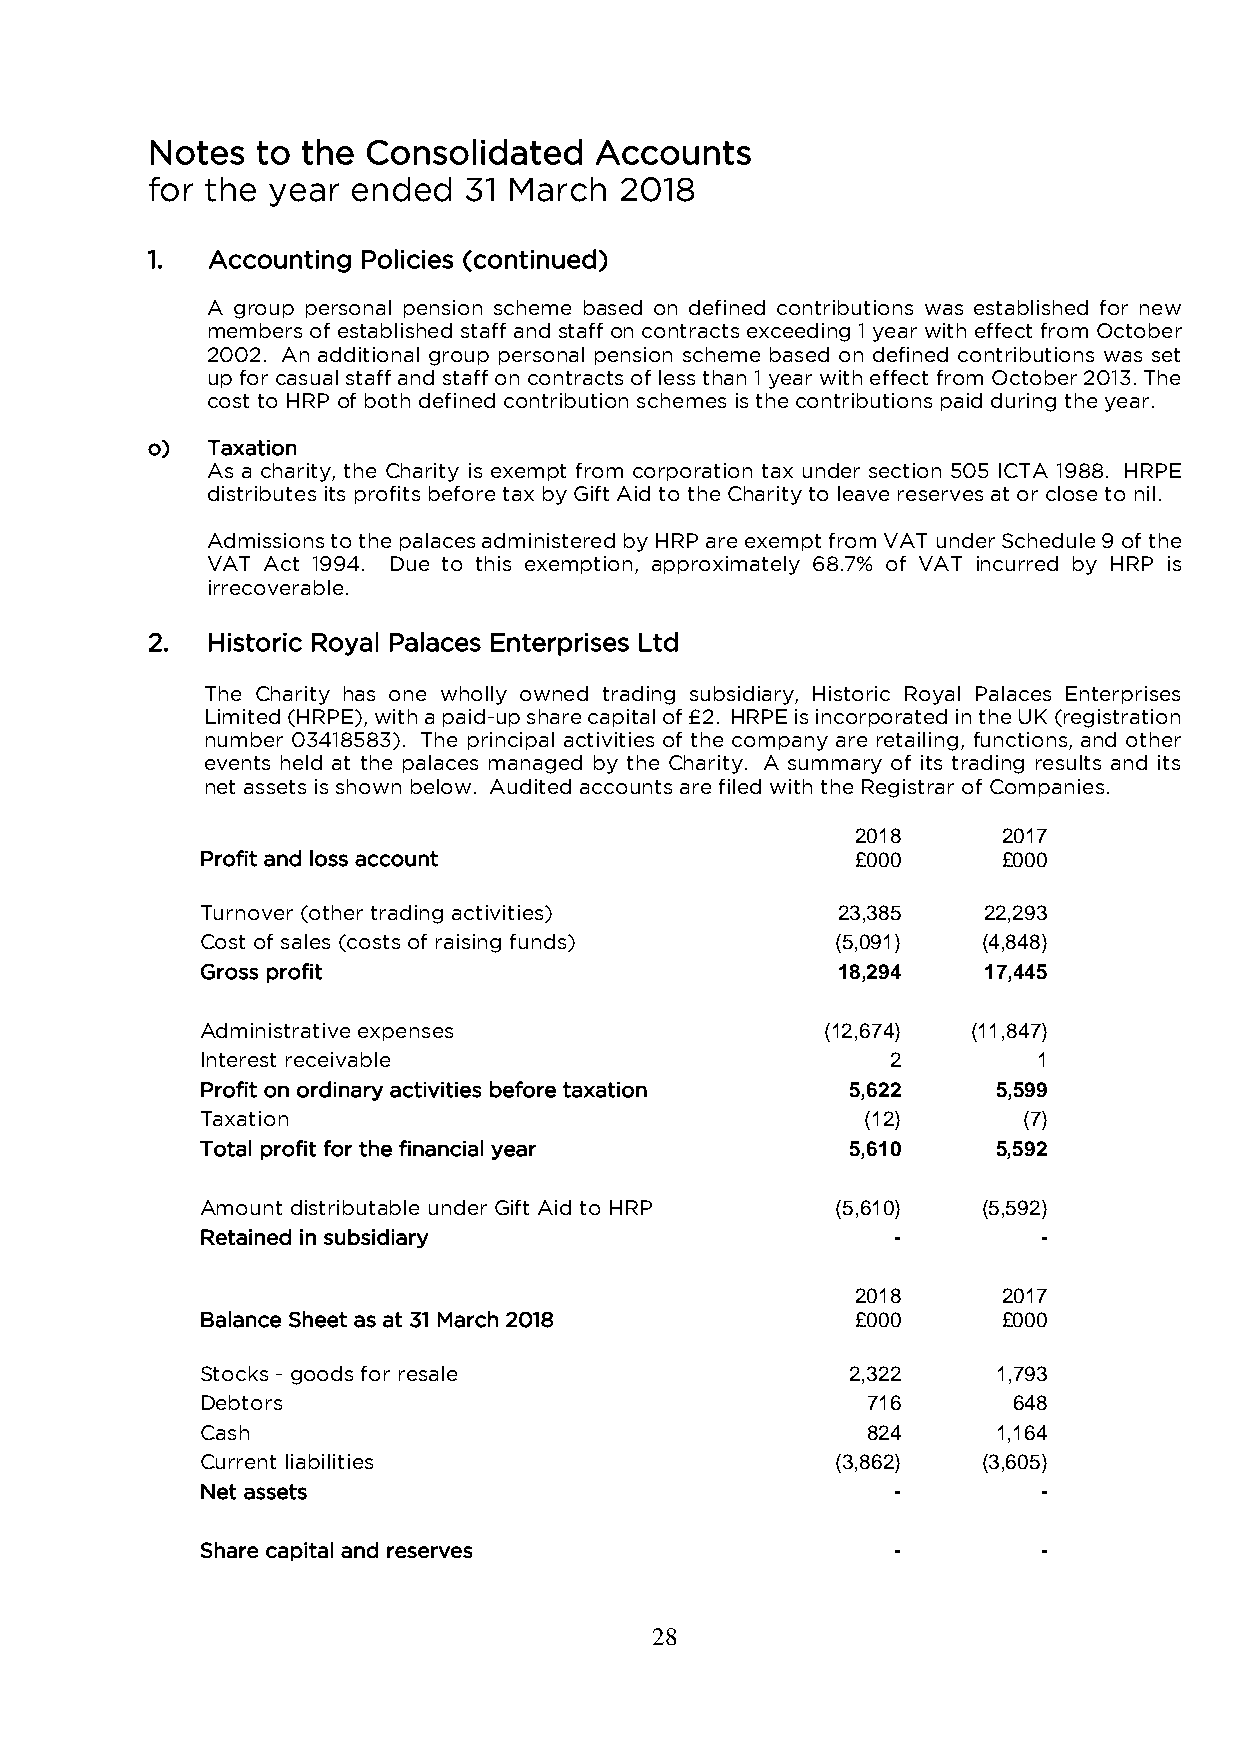
Notes  to the Consolidated   Accounts
 for the year ended   31 March  2018
 1.  Accounting Policies (continued)
 A group personal pension scheme based on defined contributions was established for new
 members of established staff and staff on contracts exceeding 1 year with effect from October
 2002. An additional group personal pension scheme based on defined contributions was set
 up for casual staff and staff on contracts of less than 1 year with effect from October 2013. The
 cost to HRP of both defined contribution schemes is the contributions paid during the year.
 o)  Taxation
 As a charity, the Charity is exempt from corporation tax under section 505 ICTA 1988. HRPE
 distributes its profits before tax by Gift Aid to the Charity to leave reserves at or close to nil.
 Admissions to the palaces administered by HRP are exempt from VAT under Schedule 9 of the
 VAT Act 1994. Due to this exemption, approximately 68.7% of VAT incurred by HRP is
 irrecoverable.
 2.  Historic Royal Palaces Enterprises Ltd
 The Charity has one wholly owned trading subsidiary, Historic Royal Palaces Enterprises
 Limited (HRPE), with a paid-up share capital of £2. HRPE is incorporated in the UK (registration
 number 03418583). The principal activities of the company are retailing, functions, and other
 events held at the palaces managed by the Charity. A summary of its trading results and its
 net assets is shown below. Audited accounts are filed with the Registrar of Companies.
 2018     2017
 Profit and loss account                     £000     £000
 Turnover (other trading activities)       23,385    22,293
 Cost of sales (costs of raising funds)    (5,091)   (4,848)
 Gross profit                              18,294    17,445
 Administrative expenses                   (12,674) (11,847)
 Interest receivable                           2         1
 Profit on ordinary activities before taxation 5,622  5,599
 Taxation                                    (12)       (7)
 Total profit for the financial year        5,610     5,592
 Amount distributable under Gift Aid to HRP (5,610)  (5,592)
 Retained in subsidiary                        -         -
 2018     2017
 Balance Sheet as at 31 March 2018           £000     £000
 Stocks - goods for resale                  2,322     1,793
 Debtors                                     716       648
 Cash                                        824      1,164
 Current liabilities                       (3,862)   (3,605)
 Net assets                                    -         -
 Share capital and reserves                    -         -
 28